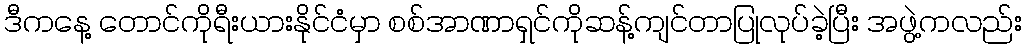
ဒီကနေ့ တောင်ကိုရီးယားနိုင်ငံမှာ စစ်အာဏာရှင်ကိုဆန့်ကျင်တာပြုလုပ်ခဲ့ပြီး အဖွဲ့ကလည်း